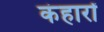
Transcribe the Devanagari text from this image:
कंहारों